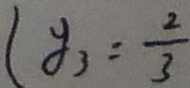
y _ { 3 } = \frac { 2 } { 3 }